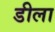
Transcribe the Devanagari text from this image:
डीला